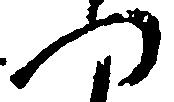
四